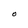
Character: O